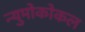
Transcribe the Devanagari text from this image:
न्युमोकोकल